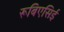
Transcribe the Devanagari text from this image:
रूबिएसिई